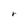
Character: r